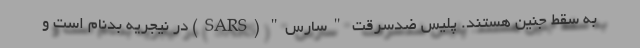
به سقط جنین هستند. پلیس ضدسرقت "سارس" (SARS) در نیجریه بدنام است و